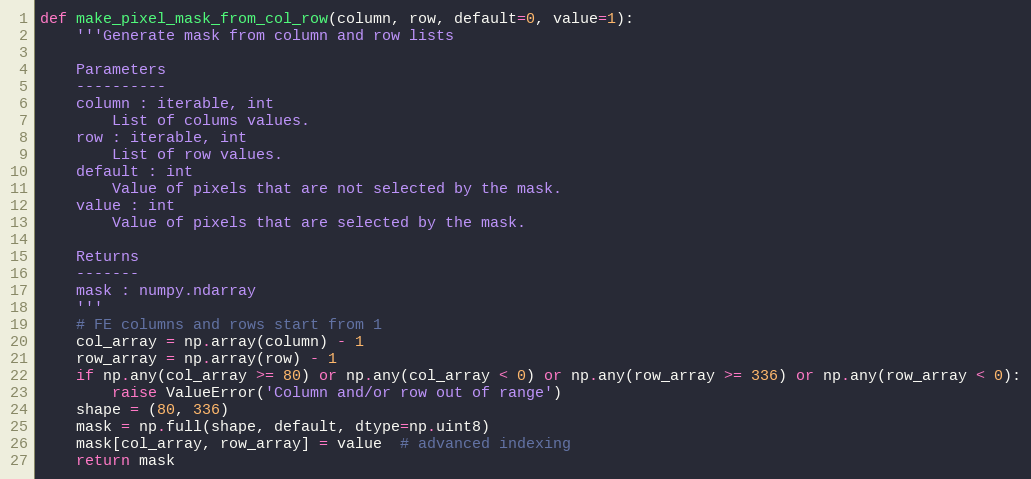
Language: Python
def make_pixel_mask_from_col_row(column, row, default=0, value=1):
    '''Generate mask from column and row lists

    Parameters
    ----------
    column : iterable, int
        List of colums values.
    row : iterable, int
        List of row values.
    default : int
        Value of pixels that are not selected by the mask.
    value : int
        Value of pixels that are selected by the mask.

    Returns
    -------
    mask : numpy.ndarray
    '''
    # FE columns and rows start from 1
    col_array = np.array(column) - 1
    row_array = np.array(row) - 1
    if np.any(col_array >= 80) or np.any(col_array < 0) or np.any(row_array >= 336) or np.any(row_array < 0):
        raise ValueError('Column and/or row out of range')
    shape = (80, 336)
    mask = np.full(shape, default, dtype=np.uint8)
    mask[col_array, row_array] = value  # advanced indexing
    return mask